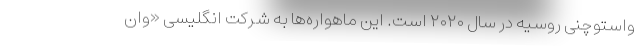
واستوچنی روسیه در سال ۲۰۲۰ است. این ماهواره‌ها به شرکت انگلیسی «وان